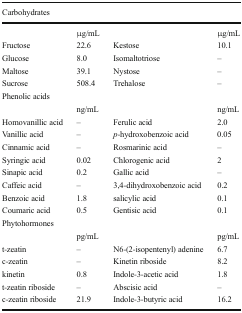
<table><thead><tr><td colspan="4"><b>Carbohydrates</b></td></tr></thead><tbody><tr><td></td><td>μg/mL</td><td></td><td>μg/mL</td></tr><tr><td>Fructose</td><td>22.6</td><td>Kestose</td><td>10.1</td></tr><tr><td>Glucose</td><td>8.0</td><td>Isomaltotriose</td><td>–</td></tr><tr><td>Maltose</td><td>39.1</td><td>Nystose</td><td>–</td></tr><tr><td>Sucrose</td><td>508.4</td><td>Trehalose</td><td>–</td></tr><tr><td colspan="4">Phenolic acids</td></tr><tr><td></td><td>ng/mL</td><td></td><td>ng/mL</td></tr><tr><td>Homovanillic acid</td><td>–</td><td>Ferulic acid</td><td>2.0</td></tr><tr><td>Vanillic acid</td><td>–</td><td><i>p</i>-hydroxobenzoic acid</td><td>0.05</td></tr><tr><td>Cinnamic acid</td><td>–</td><td>Rosmarinic acid</td><td>–</td></tr><tr><td>Syringic acid</td><td>0.02</td><td>Chlorogenic acid</td><td>2</td></tr><tr><td>Sinapic acid</td><td>0.2</td><td>Gallic acid</td><td>–</td></tr><tr><td>Caffeic acid</td><td>–</td><td>3,4-dihydroxobenzoic acid</td><td>0.2</td></tr><tr><td>Benzoic acid</td><td>1.8</td><td>salicylic acid</td><td>0.1</td></tr><tr><td>Coumaric acid</td><td>0.5</td><td>Gentisic acid</td><td>0.1</td></tr><tr><td colspan="4">Phytohormones</td></tr><tr><td></td><td>pg/mL</td><td></td><td>pg/mL</td></tr><tr><td>t-zeatin</td><td>–</td><td>N6-(2-isopentenyl) adenine</td><td>6.7</td></tr><tr><td>c-zeatin</td><td>–</td><td>Kinetin riboside</td><td>8.2</td></tr><tr><td>kinetin</td><td>0.8</td><td>Indole-3-acetic acid</td><td>1.8</td></tr><tr><td>t-zeatin riboside</td><td>–</td><td>Abscisic acid</td><td>–</td></tr><tr><td>c-zeatin riboside</td><td>21.9</td><td>Indole-3-butyric acid</td><td>16.2</td></tr></tbody></table>